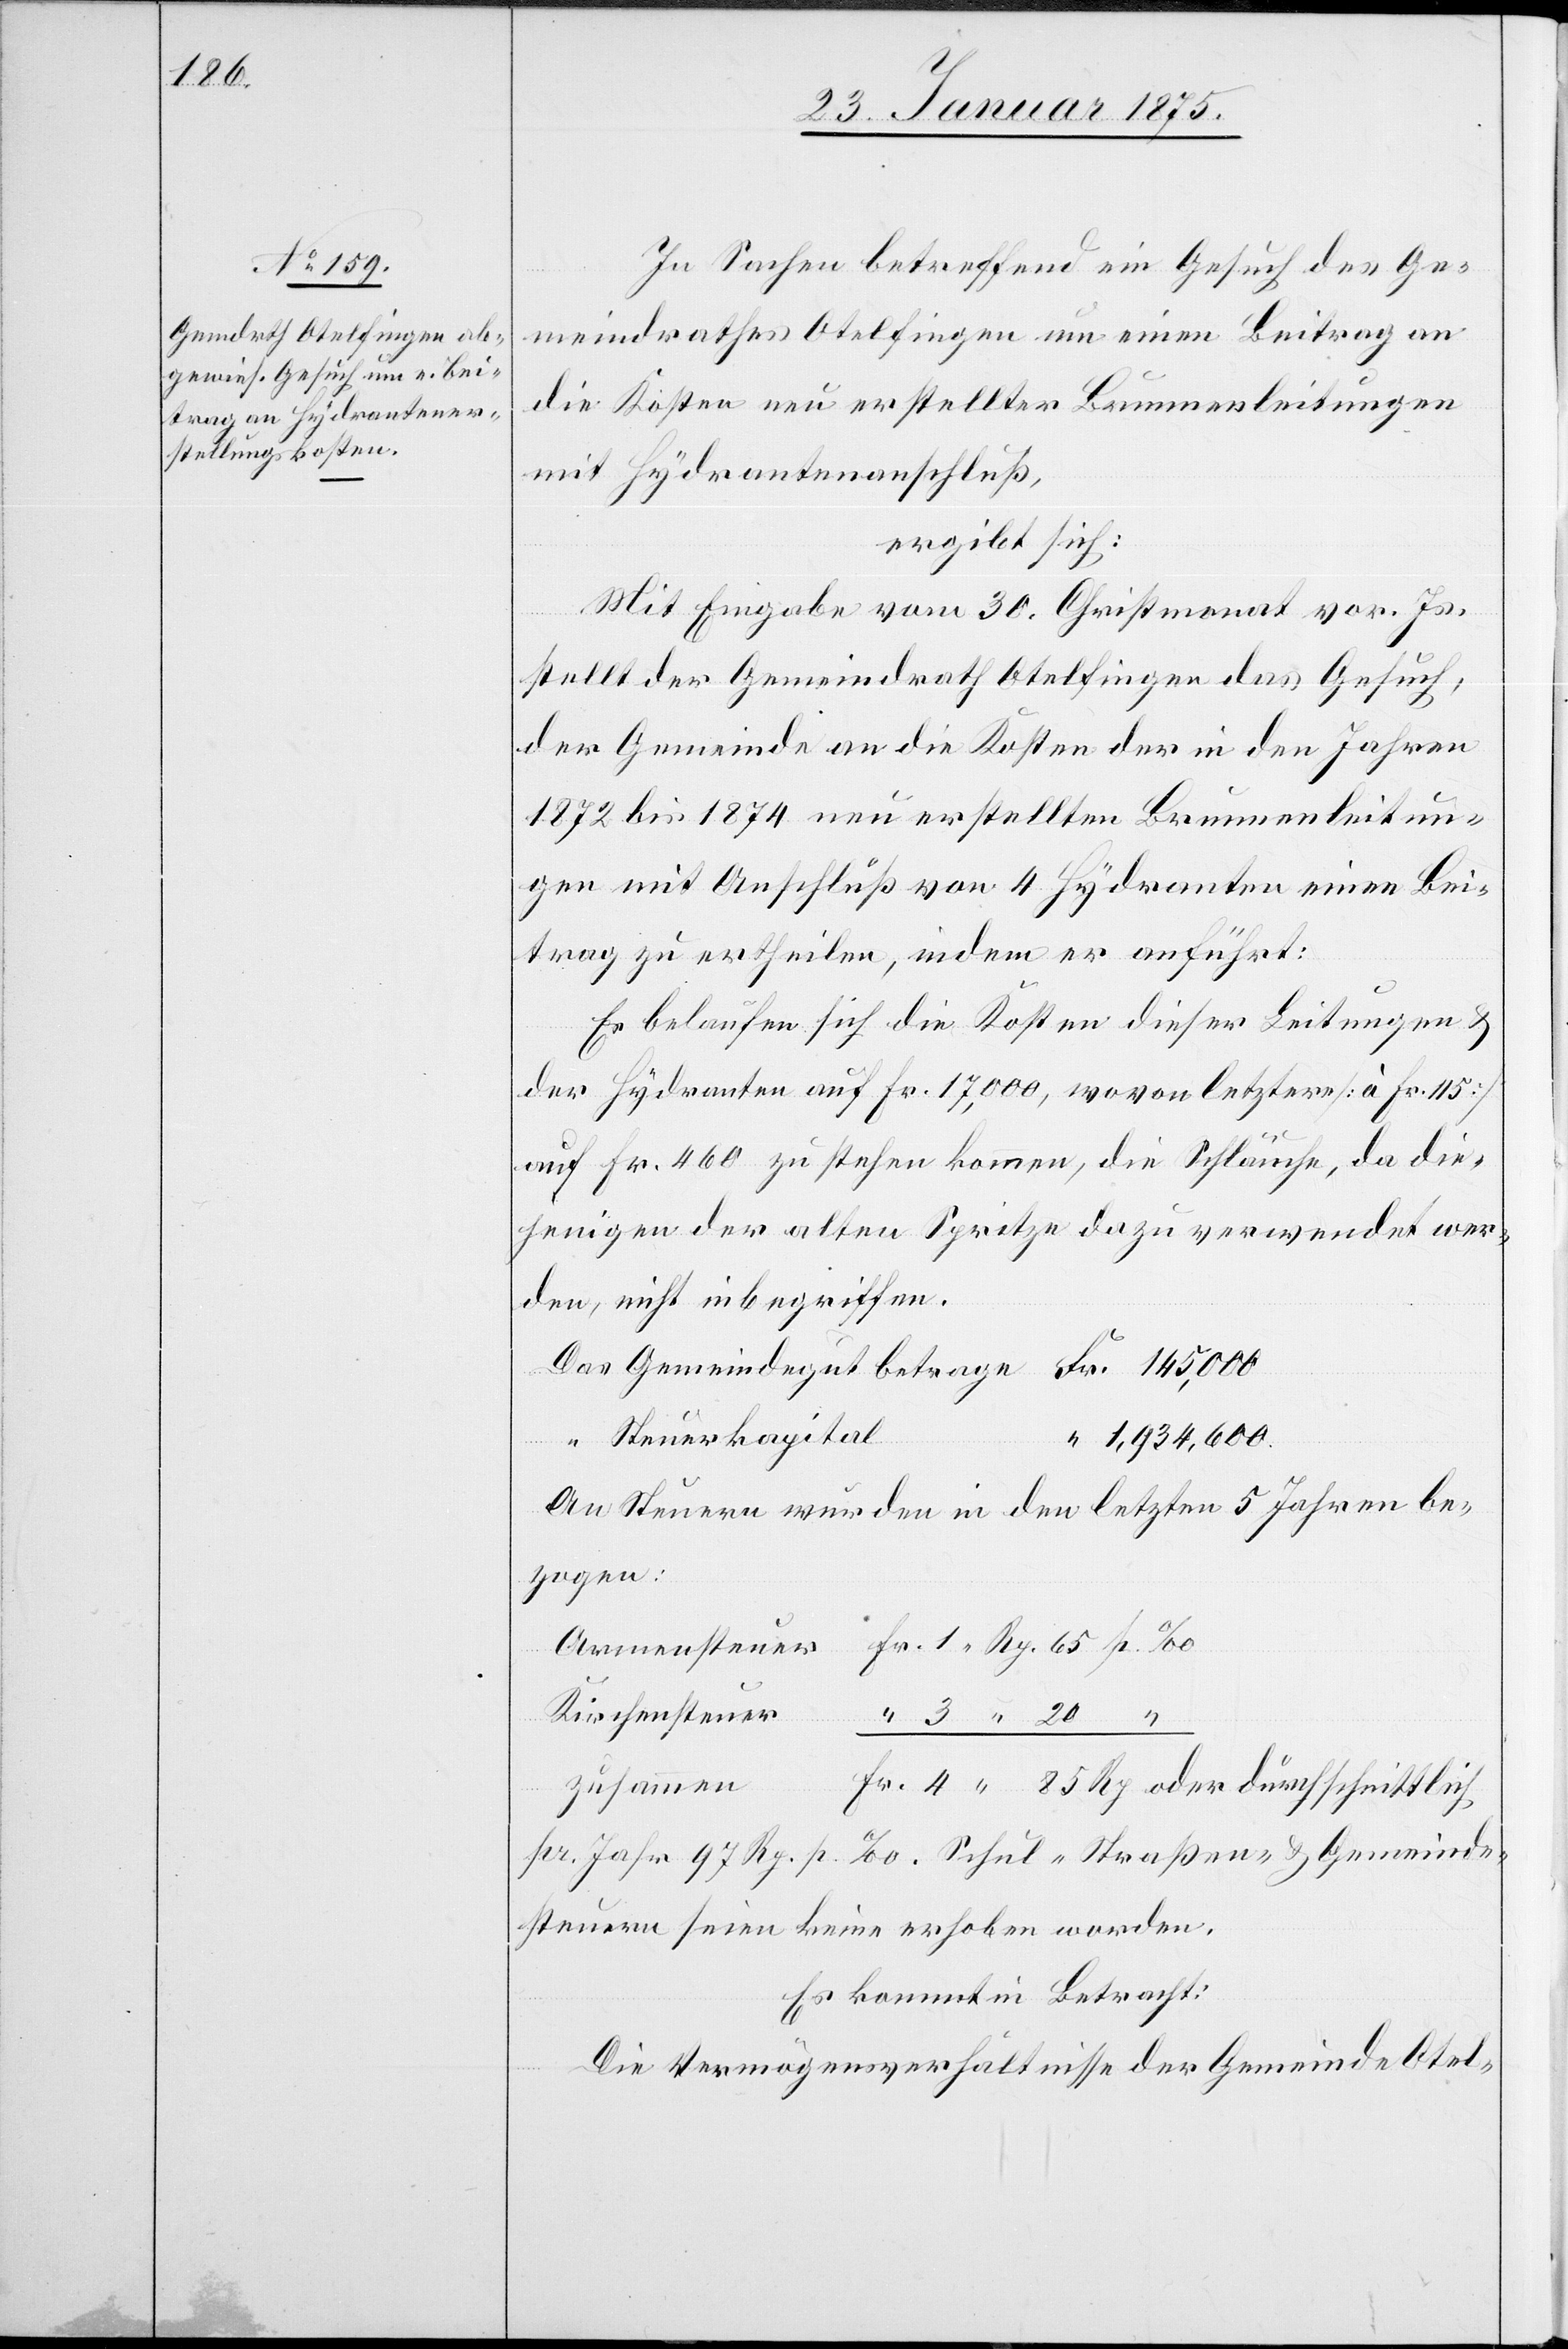
In Sachen betreffend ein Gesuch des Ge¬
meindrathes Otelfingen um einen Beitrag an
die Kosten neu erstellter Brunnenleitungen
mit Hydrantenanschluß,
ergibt sich:
Mit Eingabe vom 30. Christmonat vor. Js.
stellt der Gemeindrath Otelfingen das Gesuch,
der Gemeinde an die Kosten der in den Jahren
1872 bis 1874 neu erstellten Brunnenleitun¬
gen mit Anschluß von 4 Hydranten einen Bei¬
trag zu ertheilen, indem er anführt:
Es belaufen sich die Kosten dieser Leitungen &
der Hydranten auf Fr. 17,000, wovon letztere (à Fr. 115)
auf Fr. 460 zu stehen kommen, die Schläuche, da die¬
jenigen der alten Spritze dazu verwendet wer¬
den, nicht inbegriffen.
de¬
Steuerkapital
1,934,600.
An Steuern wurden in den letzten 5 Jahren be¬
zogen:
Kirchensteuer
zusammen
85 Rp. oder durchschnittlich
steuern seien keine erhoben worden.
Es kommt in Betracht:
Die Vermögensverhältnisse der Gemeinde Otel-